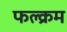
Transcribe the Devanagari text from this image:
फल्क्रम